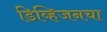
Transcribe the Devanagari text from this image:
डिव्हिजनचा